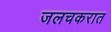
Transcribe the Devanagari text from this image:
जलचकरात